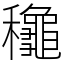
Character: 䆋